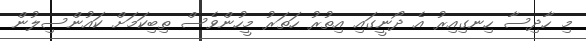
މި ހާދިސާ ހިނގިއިރު އެ ދޯނީގައި އިތުރު ހަތަރު މީހުންވެސް ތިބިކަމަށް ކައުންސިލުން